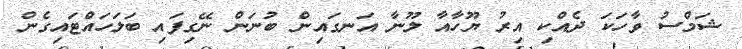
ޝަމްސު ވާހަކަ ދެއްކި އިރު ޔޫހާއާ ލޫނާ އަނގައިން ބުނަން ނޭގިފައި ބަލަހައްޓައިގެން